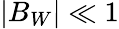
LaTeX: |B_{W}|\ll 1